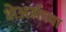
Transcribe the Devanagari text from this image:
शेअर्सच्या